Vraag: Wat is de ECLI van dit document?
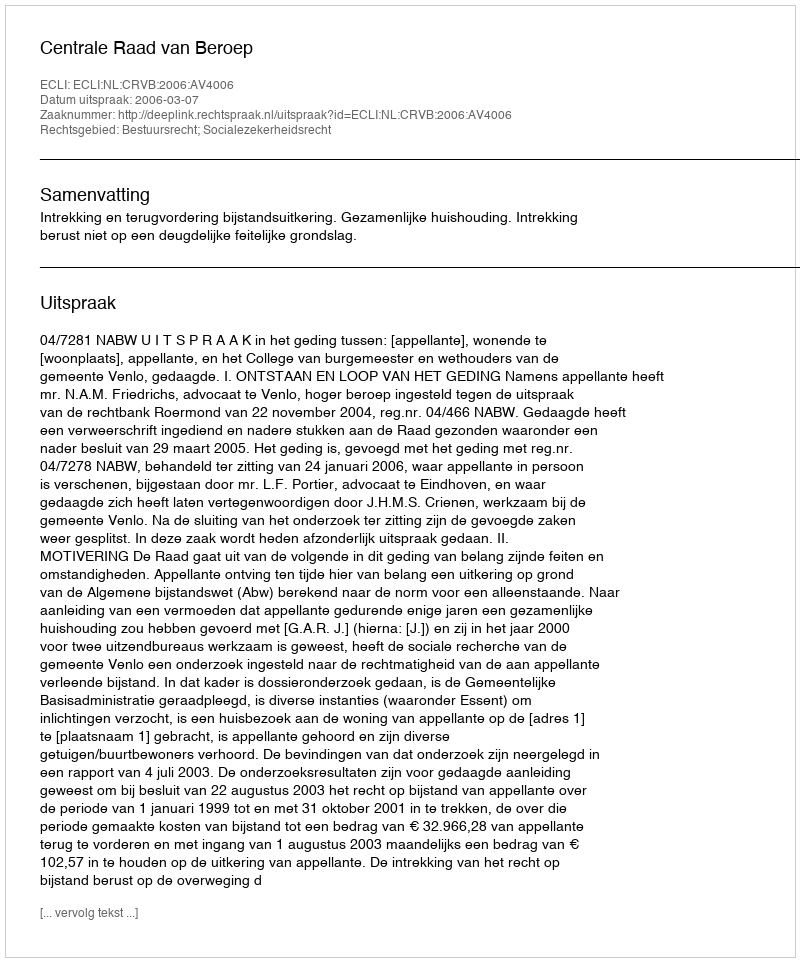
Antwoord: ECLI:NL:CRVB:2006:AV4006